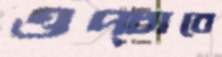
ওপ্‌চাবে